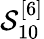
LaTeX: \mathcal{S}_{10}^{[6]}